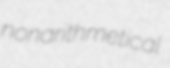
nonarithmetical